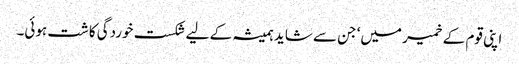
اپنی قوم کے خمیر میں‘ جن سے شاید ہمیشہ کے لیے شکست خوردگی کاشت ہوئی۔